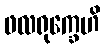
ဖလရုက္ခေဟိ